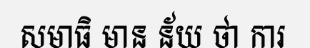
សមាធិ មាន ន័យ ថា ការ